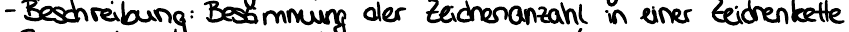
- Beschreibung: Bestimmung der Zeichenanzahl in einer Zeichenkette